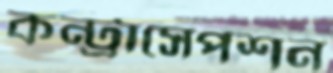
কন্ট্রাসেপশন